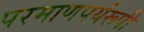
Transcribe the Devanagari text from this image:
परमाणपर्यंरूपी